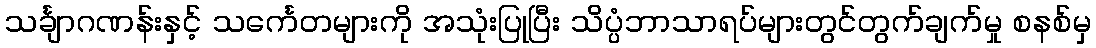
သင်္ချာဂဏန်းနှင့် သင်္ကေတများကို အသုံးပြုပြီး သိပ္ပံဘာသာရပ်များတွင်တွက်ချက်မှု စနစ်မှ